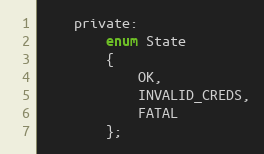
Language: C
    private:
        enum State
        {
            OK,
            INVALID_CREDS,
            FATAL
        };